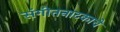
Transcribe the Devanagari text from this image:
संगीतनाटकाचे